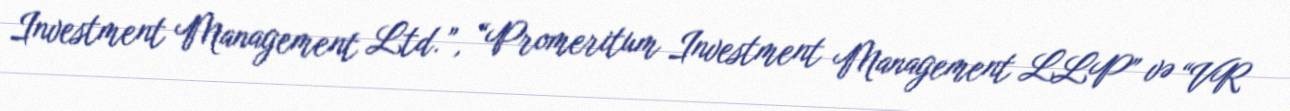
Investment Management Ltd.”, “Promeritum Investment Management LLP” və “VR